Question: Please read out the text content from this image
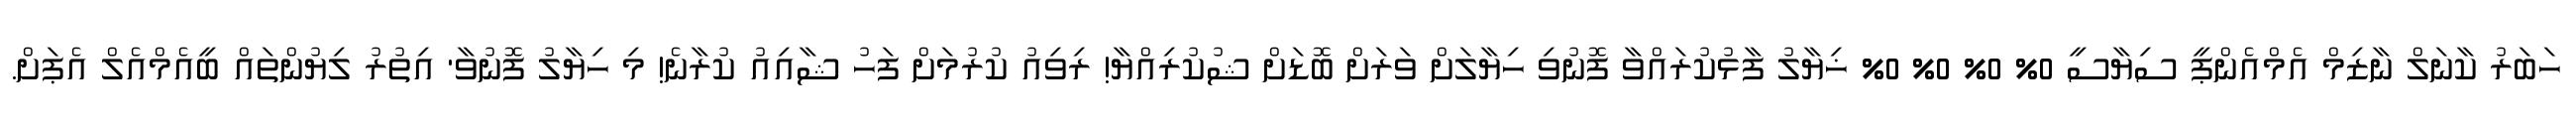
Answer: ހަބަރު ކާނަލް ނާޒިމް އެމްއެންޕީ ސިޔާސީ 0% 0% 0% 0% ޚިޔާލު ފާޅުކުރައްވާ ފޮނުވި ހިޔާލަށް ވަރަށް ބޮޑަށް ޝުކުރިއްޔާ! ރިވިއު ކުރުމަށް ފަހު ޝާއިއު ކުރާނެ! މި ހިޔާލު ފޮނުވާ' އިތުރު ލިޔުންތައް ބީއެމްއެލް އެޕަށް.